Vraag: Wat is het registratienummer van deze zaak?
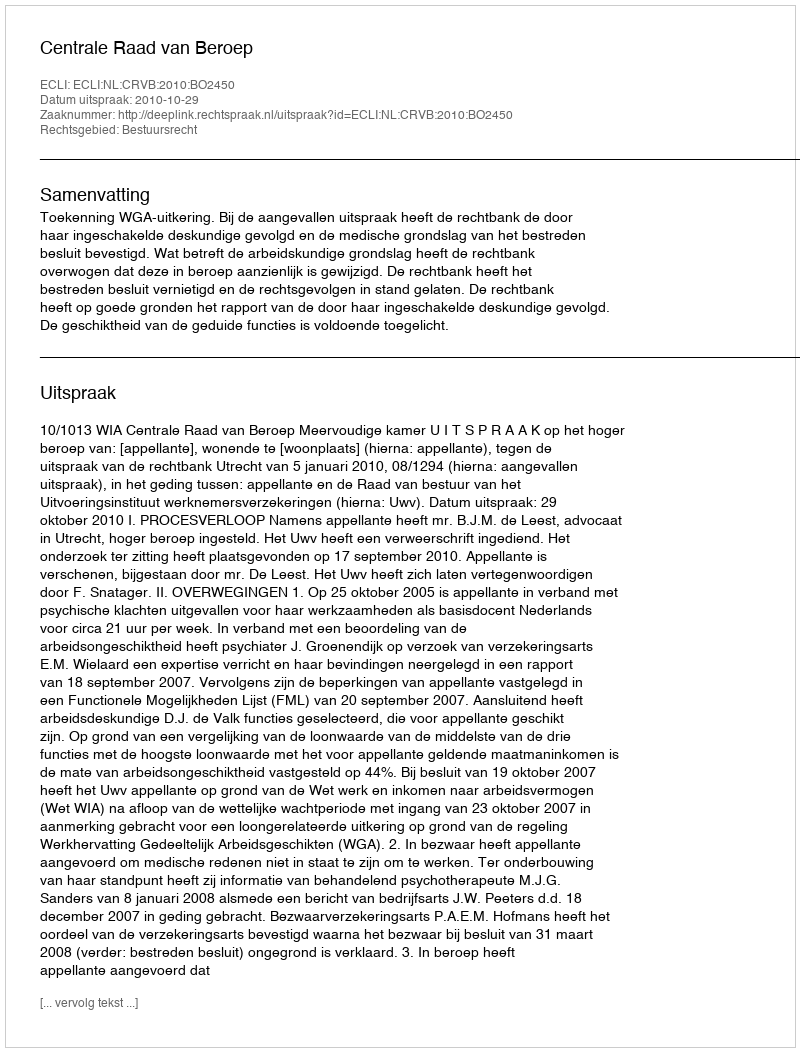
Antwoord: http://deeplink.rechtspraak.nl/uitspraak?id=ECLI:NL:CRVB:2010:BO2450